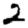
Digit: 2